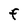
Character: F